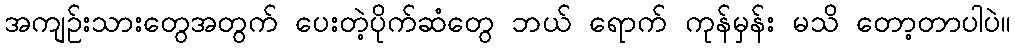
အကျဉ်းသားတွေအတွက် ပေးတဲ့ပိုက်ဆံတွေ ဘယ် ရောက် ကုန်မှန်း မသိ တော့တာပါပဲ။